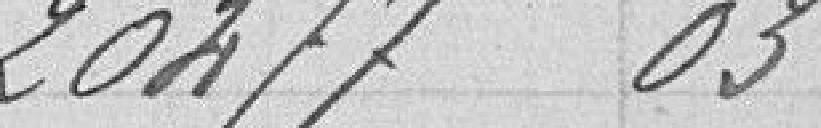
20477,03